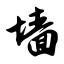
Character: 墙